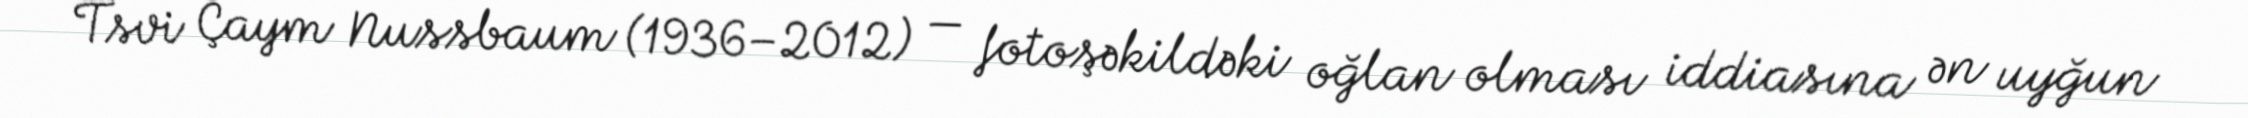
Tsvi Çaym Nussbaum (1936–2012) — fotoşəkildəki oğlan olması iddiasına ən uyğun